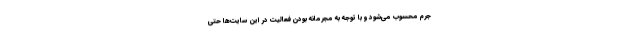
جرم محسوب می‌شود و با توجه به مجرمانه بودن فعالیت در این سایت‌ها حتی